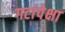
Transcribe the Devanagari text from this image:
गटांपेक्षा